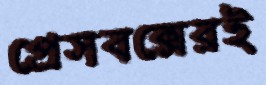
প্রেসবক্সেরই